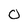
Character: 0